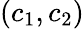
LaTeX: (c_{1},c_{2})